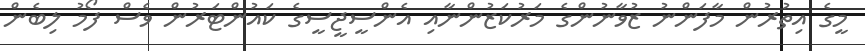
މީގެ އިތުރުން މާފަންނު ޒުވާނުންގެ މަރުކަޒުންނާއި އެންސީޖީސީގެ ކައުންޓަރުން ވެސް ފޯމު ލިބެން